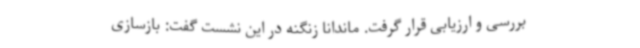
بررسی و ارزیابی قرار گرفت. ماندانا زنگنه در این نشست گفت: بازسازی